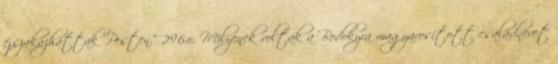
éjszakázhattak Pesten.” 296.o. Milyenek voltak a Bodokyra magyarosított családnevet